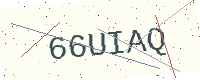
Text: 66UIAQ